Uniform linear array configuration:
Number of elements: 8
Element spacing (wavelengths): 0.75
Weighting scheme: blackman
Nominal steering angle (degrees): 60
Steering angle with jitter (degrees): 61.787
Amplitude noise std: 0.05
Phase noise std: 0.05

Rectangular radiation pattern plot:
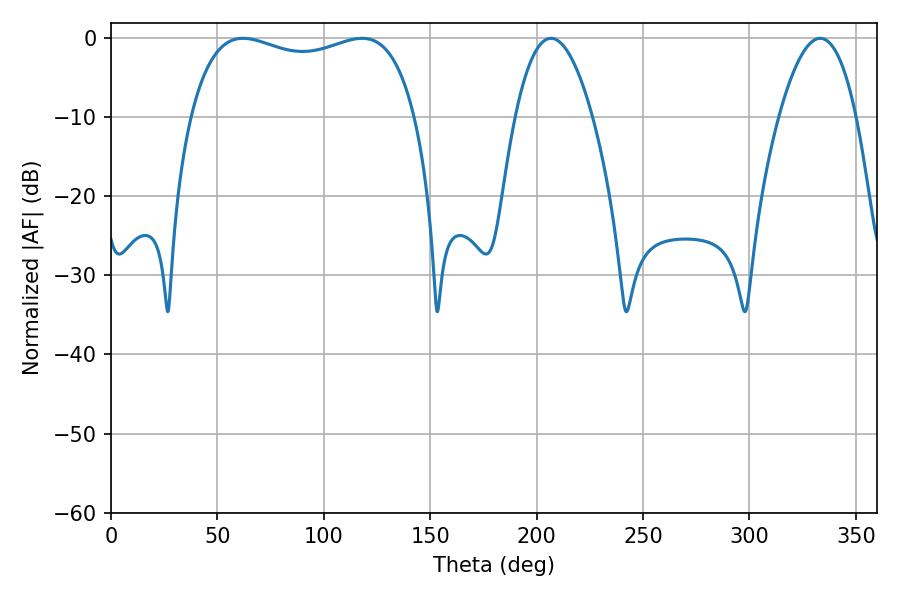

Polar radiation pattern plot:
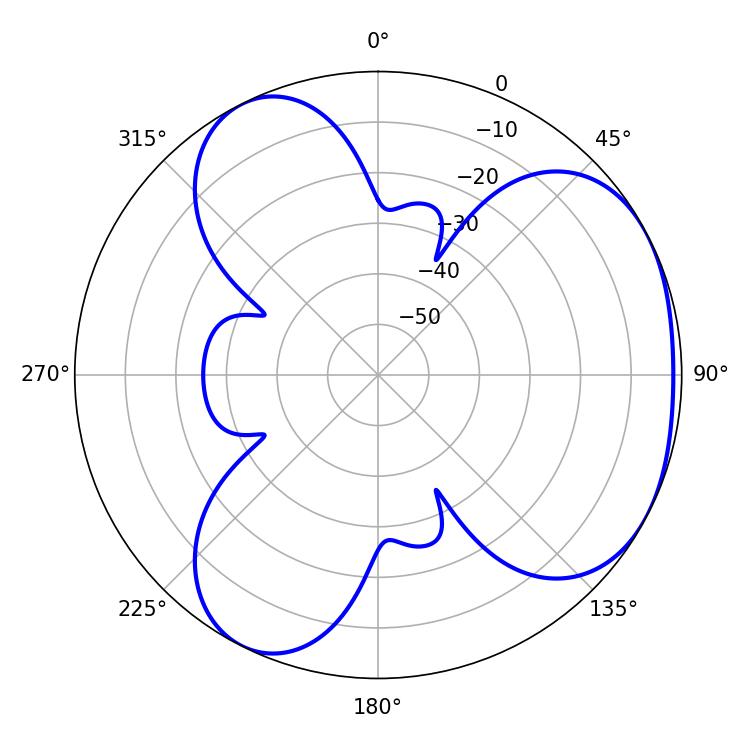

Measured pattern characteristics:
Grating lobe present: TRUE
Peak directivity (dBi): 3.691
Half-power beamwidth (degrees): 86.4
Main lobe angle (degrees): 62.1